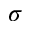
\sigma